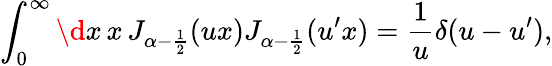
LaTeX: \int_{0}^{\infty}\d x\, x\, J_{\alpha-\frac 12}(ux)J_{\alpha-\frac 12}(u^{\prime}x)=\frac 1u\delta(u-u^{\prime}),